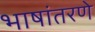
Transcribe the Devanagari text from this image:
भाषांतरणे